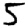
Digit: 5